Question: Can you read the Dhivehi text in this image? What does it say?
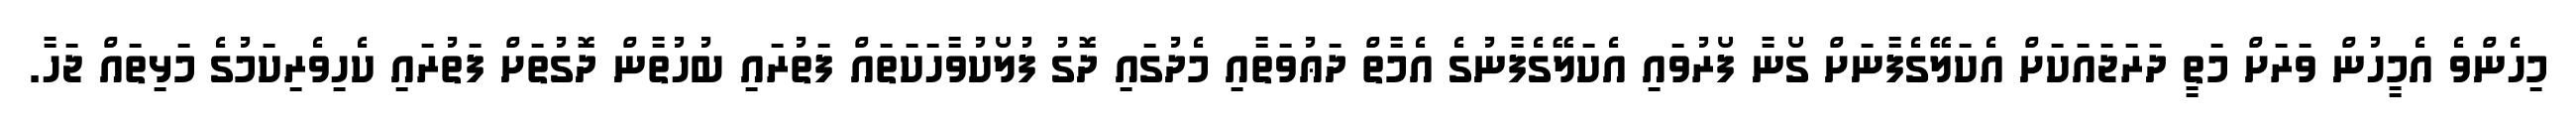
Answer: މިހެންވެ އެމީހުން ވަރަށް މަތީ ދަރަޖައަކަށް އެކަލޭގެފާނަށް ގޯނާ ފޯރުވައި އެކަލޭގެފާނުގެ އެމާތް ދަޢުވަތާއި މެދުގައި ދޮގު ފުލޯކުވާހަކަތައް ފަތުރައި ބުހުތާން ދޮގުތަށް ފަތުރައި ކެހިވެރިކަމުގެ މަޅިތައް ޖަހާ.